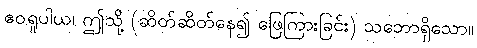
ဧဝရူပါယ၊ ဤသို့ (ဆိတ်ဆိတ်နေ၍ ဖြေကြားခြင်း) သဘောရှိသော။